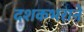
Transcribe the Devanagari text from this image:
दशकभराने